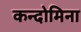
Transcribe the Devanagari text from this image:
कन्दोमिना